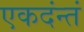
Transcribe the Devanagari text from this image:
एकदंन्तं